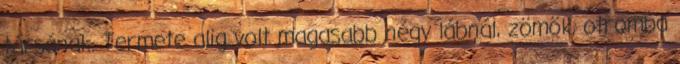
társának. Termete alig volt magasabb négy lábnál, zömök, otromba